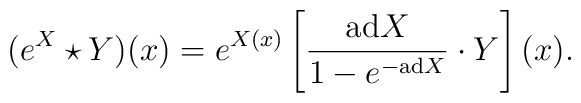
(e^X \star Y)(x) = e^{X(x)} \left [ {{\rm ad} X\over 1 - e^{-{\rm ad} X}} \cdot Y \right](x).